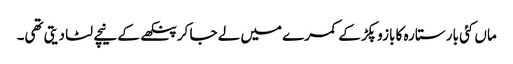
ماں کئی بار ستارہ کا بازو پکڑ کے کمرے میں لے جا کر پنکھے کے نیچے لٹا دیتی تھی۔